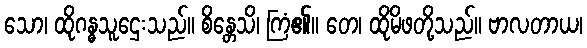
သော၊ ထိုဂန္ဓသူဌေးသည်။ စိန္တေသိ၊ ကြံ၏။ တေ၊ ထိုမိဖတို့သည်။ ဗာလတာယ၊